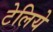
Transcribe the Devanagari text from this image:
टेलिये